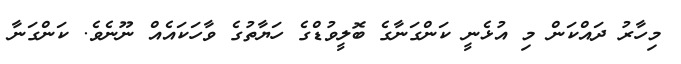
މިހާރު ދައްކަން މި އުޅެނީ ކަންގަނާގެ ބޮލީވުޑްގެ ހަޔާތުގެ ވާހަކައެއް ނޫނެވެ. ކަންގަނާ